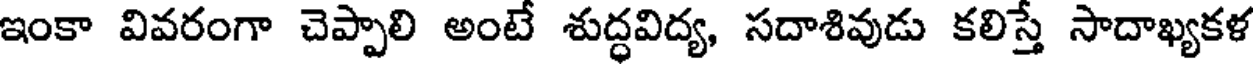
ఇంకా వివరంగా చెప్పాలి అంటే శుద్ధవిద్య, సదాశివుడు కలిస్తే సాదాఖ్యకళ